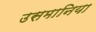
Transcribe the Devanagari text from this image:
उसमानिया